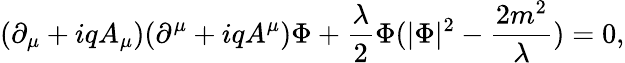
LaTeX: (\partial_{\mu}+iqA_{\mu})(\partial^{\mu}+iqA^{\mu})\Phi+{\frac{\lambda}{2}}\Phi(|\Phi|^{2}-{\frac{2m^{2}}{\lambda}})=0,